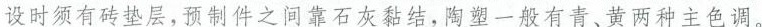
设时候有砖垫层，预制件之间靠石灰黏结，陶塑一般有青、黄两种主色调。